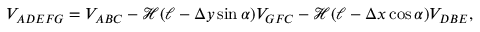
V _ { A D E F G } = V _ { A B C } - \mathcal { H } ( \ell - \Delta y \sin \alpha ) V _ { G F C } - \mathcal { H } ( \ell - \Delta x \cos \alpha ) V _ { D B E } ,